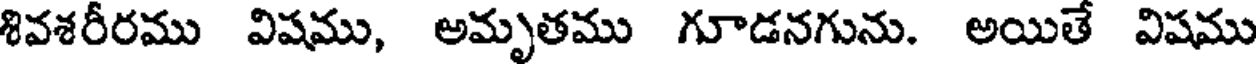
శివశరీరము విషము, అమృతము గూడనగును. అయితే విషము